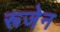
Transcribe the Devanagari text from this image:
रूजेन